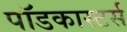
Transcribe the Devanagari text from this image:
पॉडकास्टर्स